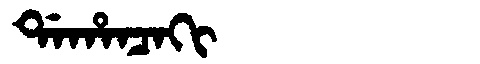
Manchu: ᡩᠠᡥᠠᠨᠴᠠᡴᡳ
Romanization: DAHANCAKI